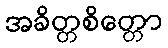
အခိတ္တစိတ္တော